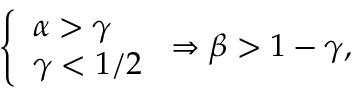
\begin{array} { r } { \left\{ \begin{array} { l l } { \alpha > \gamma } \\ { \gamma < 1 / 2 } \end{array} \right. \Rightarrow \beta > 1 - \gamma , } \end{array}